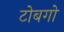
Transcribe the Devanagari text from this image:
टोबगो